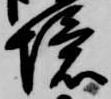
境